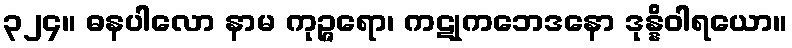
၃၂၄။ ဓနပါလော နာမ ကုဉ္ဇရော၊ ကဋုကဘေဒနော ဒုန္နိဝါရယော။